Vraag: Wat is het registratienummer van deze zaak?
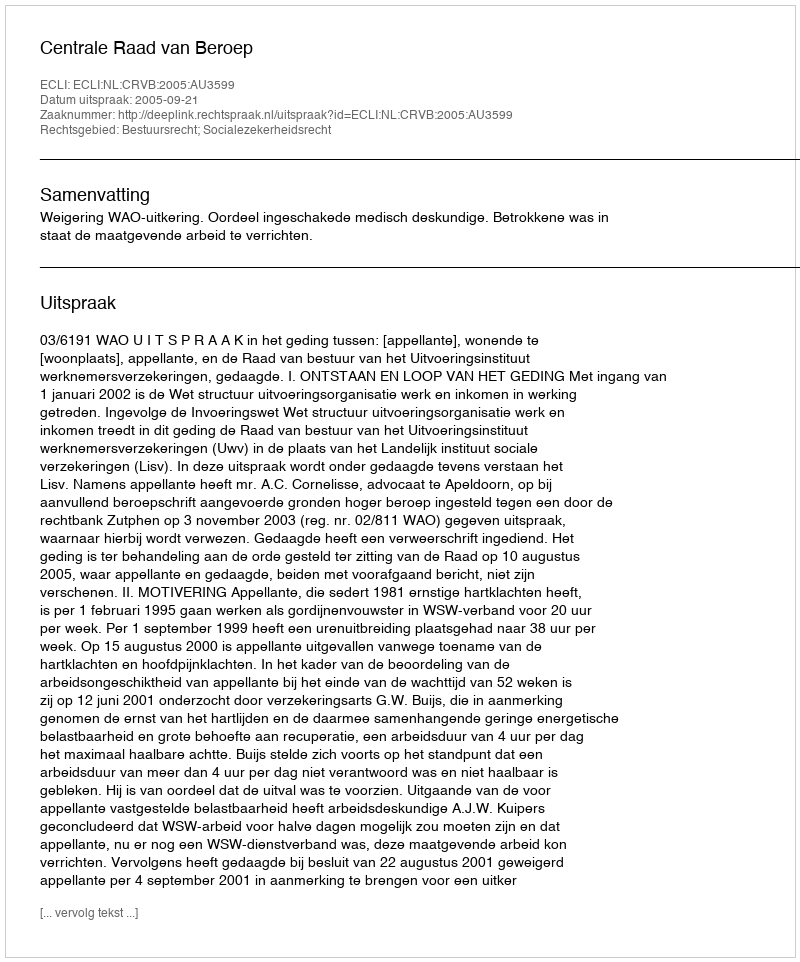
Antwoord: http://deeplink.rechtspraak.nl/uitspraak?id=ECLI:NL:CRVB:2005:AU3599